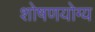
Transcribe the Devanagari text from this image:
शोषणयोग्य